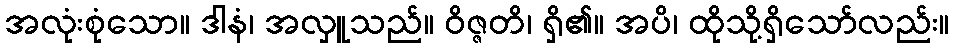
အလုံးစုံသော။ ဒါနံ၊ အလှူသည်။ ဝိဇ္ဇတိ၊ ရှိ၏။ အပိ၊ ထိုသို့ရှိသော်လည်း။